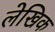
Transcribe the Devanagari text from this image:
लेखिक